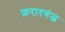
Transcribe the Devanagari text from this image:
फ़रारगंज